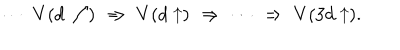
LaTeX: \cdots \, \, V ( d \nearrow ) \, \, \Rightarrow \, \, V ( d \uparrow ) \, \, \Rightarrow \, \, \cdots \, \, \Rightarrow \, \, V ( 3 d \uparrow ) .